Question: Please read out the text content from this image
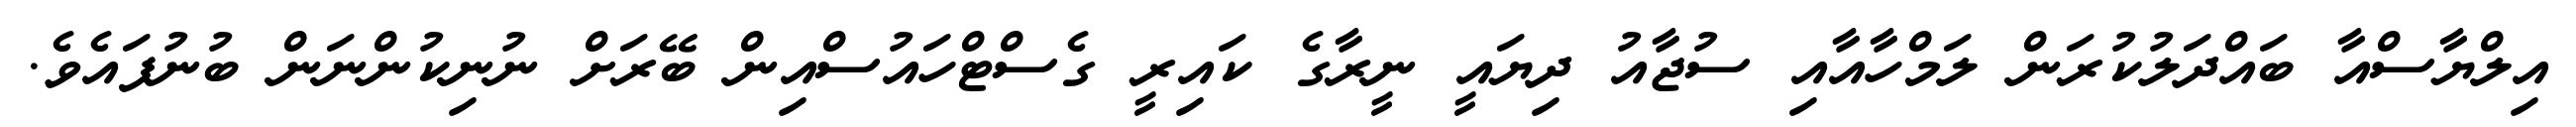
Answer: އިލްޔާސްއާ ބައްދަލުކުރަން ލަމްހާއާއި ސުޖާއު ދިޔައީ ނީރާގެ ކައިރީ ގެސްޓްހައުސްއިން ބޭރަށް ނުނިކުންނަން ބުނުފައެވެ.